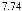
7.74